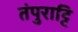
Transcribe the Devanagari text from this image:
तंपुराट्टि